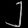
Digit: ၂